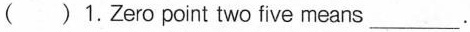
( )1.Zero point two five means___.